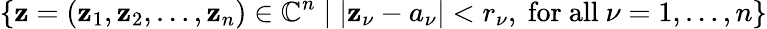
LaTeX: \{ \mathbf{z}=(\mathbf{z}_{1},\mathbf{z}_{2},\dots,\mathbf{z}_{n})\in{\mathbb{{C}}}^{n}\mid|\mathbf{z}_{\nu}-a_{\nu}|<r_{\nu},{\mathrm{{~for~all~}}}\nu=1,\dots,n\}